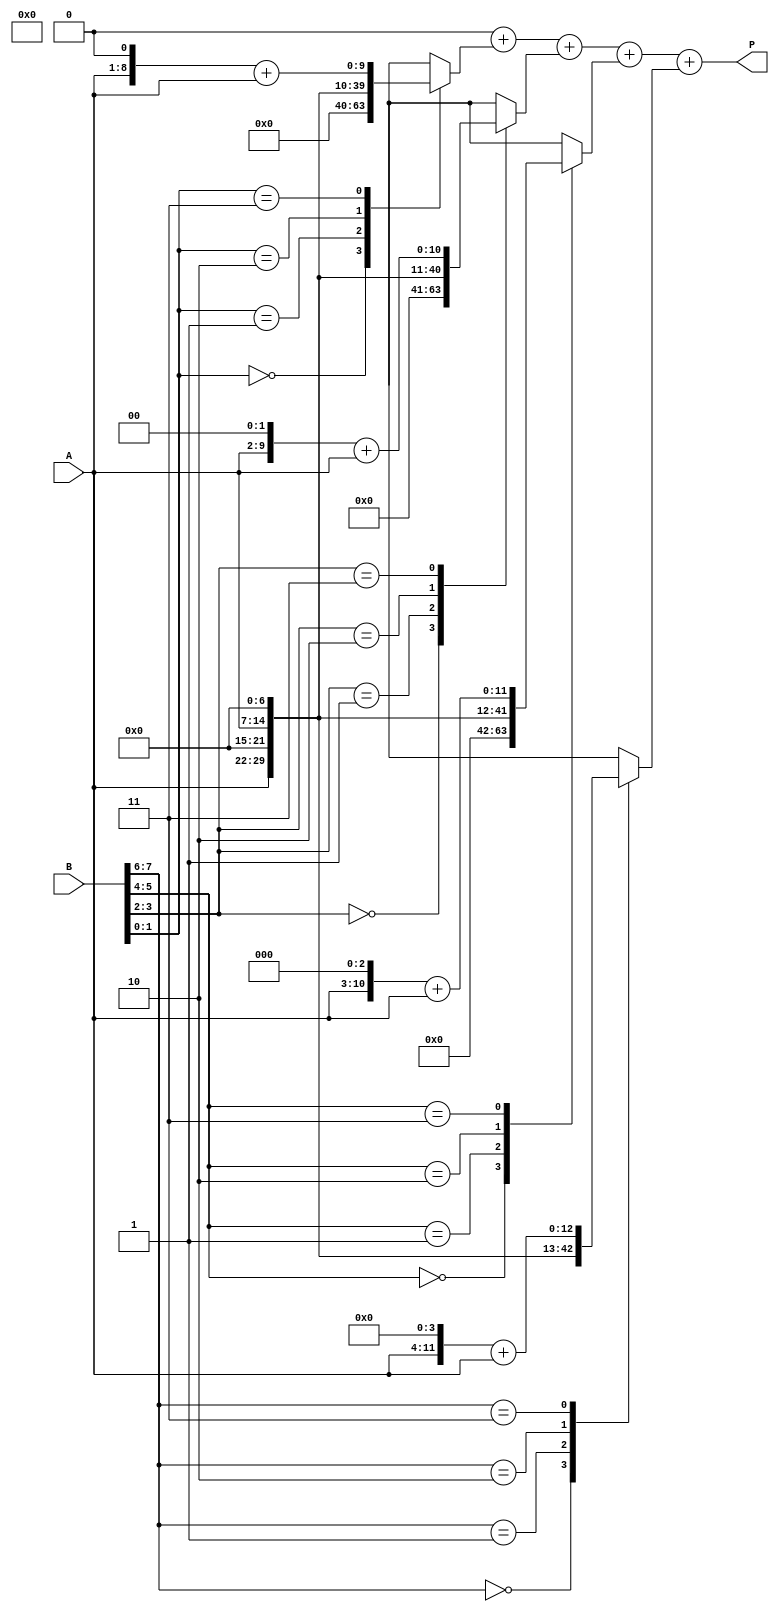
module radix4_multiplier #(parameter N = 8) (
    input  [N-1:0] A,     // Multiplicand
    input  [N-1:0] B,     // Multiplier
    output [2*N-1:0] P    // Product
);
    
    // Partial products
    reg [2*N-1:0] pp [0:N/2]; // Partial products array
    integer i;

    always @(*) begin
        // Initialize partial products to zero
        for (i = 0; i < N/2 + 1; i = i + 1) begin
            pp[i] = 0;
        end
        
        // Generate partial products based on Booth's encoding
        for (i = 0; i < N/2; i = i + 1) begin
            case (B[2*i +: 2]) // Take two bits at a time from B
                2'b00: pp[i] = 0;                          // 00 -> 0
                2'b01: pp[i] = A << (i * 1);               // 01 -> A
                2'b10: pp[i] = A << (i * 1 + 1);           // 10 -> A << 1
                2'b11: pp[i] = (A << (i * 1 + 1)) + A;     // 11 -> (A << 1) + A
                default: pp[i] = 0;                        // Default case
            endcase
        end
    end

    // Sum the partial products
    reg [2*N-1:0] sum;
    
    always @(*) begin
        sum = 0;
        for (i = 0; i < N/2; i = i + 1) begin
            sum = sum + pp[i]; // Accumulate the partial products
        end
    end

    assign P = sum; // Final product output

endmodule